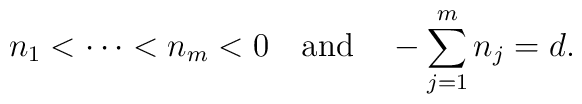
n_1<\cdots<n_m<0\hbox{~~ and~~ }-\sum_{j=1}^mn_j=d.